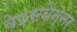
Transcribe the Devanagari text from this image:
वेइसबेन्नर